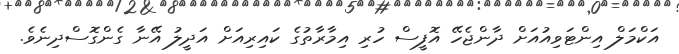
އަކްމަލް އިންޓަވިއުއަށް ދާންޖެހޭ އޮފީސް ހުރި އިމާރާތުގެ ކައިރިއަށް އަދީލު އޭނާ ގެންގޮސްދިނެވެ.